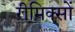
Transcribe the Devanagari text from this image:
रीमिक्सों